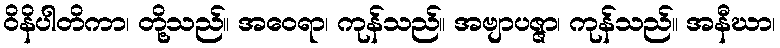
ဝိနိပါတိကာ၊ တို့သည်။ အဝေရာ၊ ကုန်သည်။ အဗျာပဇ္ဇာ၊ ကုန်သည်။ အနီဃာ၊